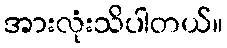
အားလုံးသိပါတယ်။